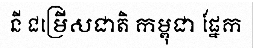
នី ជម្រើសជាតិ កម្ពុជា ផ្នែក